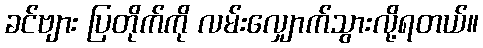
ခင်ဗျား ပြတိုက်ကို လမ်းလျှောက်သွားလို့ရတယ်။